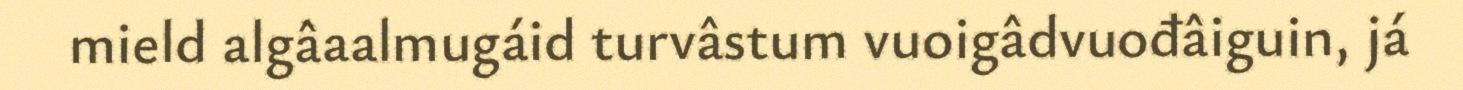
mield algâaalmugáid turvâstum vuoigâdvuođâiguin, já